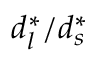
d _ { l } ^ { * } / d _ { s } ^ { * }